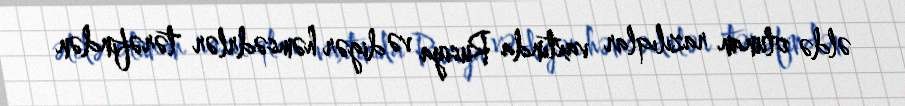
əldə olunan razılıqlar vaxtında Rusiya və digər həmsədrlər tərəfindən